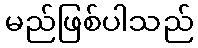
မည်ဖြစ်ပါသည်